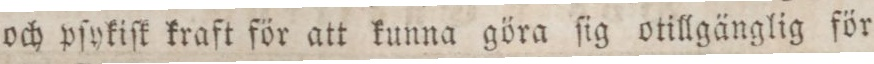
och pſykiſk kraft för att kunna göra ſig otillgänglig för